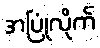
အပြုံလိုက်